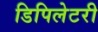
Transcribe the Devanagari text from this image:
डिपिलेटरी